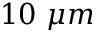
1 0 ~ \mu m